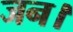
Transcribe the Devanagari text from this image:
जन।